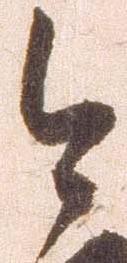
今